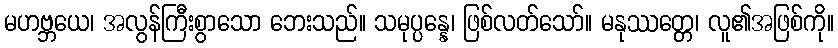
မဟဗ္ဘယေ၊ အလွန်ကြီးစွာသော ဘေးသည်။ သမုပ္ပန္နေ၊ ဖြစ်လတ်သော်။ မနုဿတ္တေ၊ လူ၏အဖြစ်ကို။